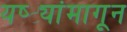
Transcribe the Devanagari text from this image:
यष्ट्यांमागून